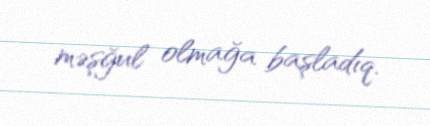
məşğul olmağa başladıq.